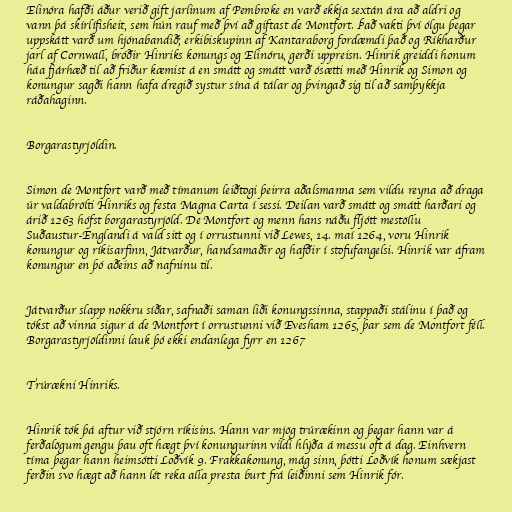
Elinóra hafði áður verið gift jarlinum af Pembroke en varð ekkja sextán ára að aldri og
vann þá skírlífisheit, sem hún rauf með því að giftast de Montfort. Það vakti því ólgu þegar
uppskátt varð um hjónabandið; erkibiskupinn af Kantaraborg fordæmdi það og Ríkharður
jarl af Cornwall, bróðir Hinriks konungs og Elinóru, gerði uppreisn. Hinrik greiddi honum
háa fjárhæð til að friður kæmist á en smátt og smátt varð ósætti með Hinrik og Simon og
konungur sagði hann hafa dregið systur sína á tálar og þvingað sig til að samþykkja
ráðahaginn.

Borgarastyrjöldin.

Simon de Montfort varð með tímanum leiðtogi þeirra aðalsmanna sem vildu reyna að draga
úr valdabrölti Hinriks og festa Magna Carta í sessi. Deilan varð smátt og smátt harðari og
árið 1263 hófst borgarastyrjöld. De Montfort og menn hans náðu fljótt mestöllu
Suðaustur-Englandi á vald sitt og í orrustunni við Lewes, 14. maí 1264, voru Hinrik
konungur og ríkisarfinn, Játvarður, handsamaðir og hafðir í stofufangelsi. Hinrik var áfram
konungur en þó aðeins að nafninu til.

Játvarður slapp nokkru síðar, safnaði saman liði konungssinna, stappaði stálinu í það og
tókst að vinna sigur á de Montfort í orrustunni við Evesham 1265, þar sem de Montfort féll.
Borgarastyrjöldinni lauk þó ekki endanlega fyrr en 1267

Trúrækni Hinriks.

Hinrik tók þá aftur við stjórn ríkisins. Hann var mjög trúrækinn og þegar hann var á
ferðalögum gengu þau oft hægt því konungurinn vildi hlýða á messu oft á dag. Einhvern
tíma þegar hann heimsótti Loðvík 9. Frakkakonung, mág sinn, þótti Loðvík honum sækjast
ferðin svo hægt að hann lét reka alla presta burt frá leiðinni sem Hinrik fór.